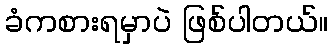
ခံကစားရမှာပဲ ဖြစ်ပါတယ်။